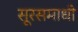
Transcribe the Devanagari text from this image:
सूरसमाधी